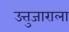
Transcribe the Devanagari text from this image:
उत्तुजाराला